Vital statistics of India. Vol. IV, Annual returns from 1871 to 1876. British Army of India, Native Army and jails of Bengal
Year: 1871
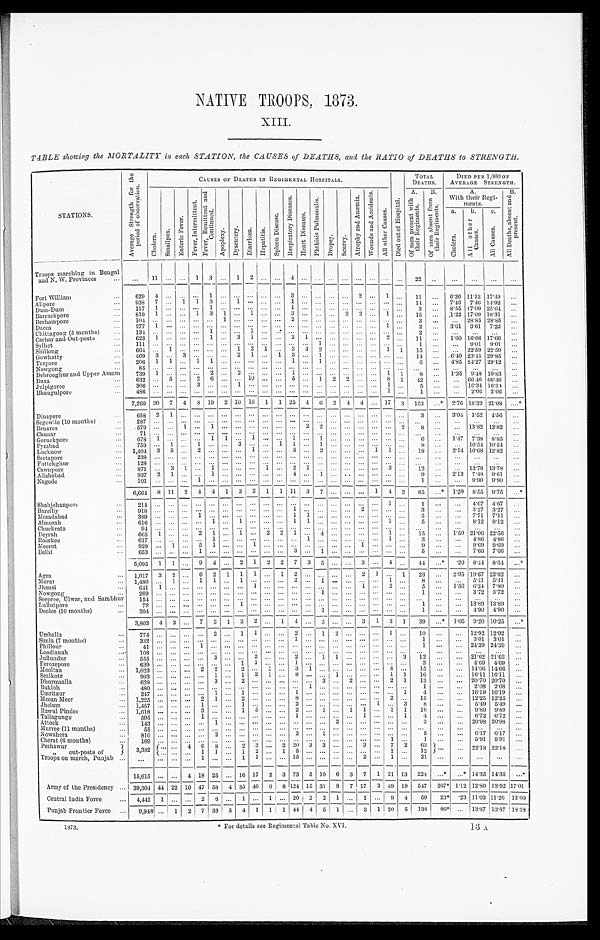
1873.
* For details see Regimental Table No. XVI
NATIVE TROOPS, 1873.
XIII.
TABLE showing the MORTALITY in each STATION, the CAUSES of DEATHS, and the RATIO of DEATHS to STRENGTH.
STATIONS.
A v e r a g e S t r e n g t h f o r t h e p e r i o d o f o b s e r v a t i o n .
CAUSES OF DEATHS IN REGIMENTAL HOSPITALS.
D i e d o u t o f H o s p i t a l .
TOTAL
DEATHS.
DIED PER 1,000 OF
AVERAGE STRENGTH.
Chol er a. Smal l pox.
E n t e r i e F e v e r .
F e v e r , I n t e r m i t t e n t .
F e v e r , R e m i t t e n t a n d C o n t i n u e d .
Ap o p l e x y .
Dy s e n t e r y .
Di a r r hœa . Hepat i t i s. Spleen Disease.
R e s p i r a t o r y D i s e a s e s .
He a r t Di s e a s e s .
P h t h i s i s P u l m o n a l i s .
Dr ops y.
Sc ur vy.
At r i p h y a n d An æ mi a .
W o u n d s a n d A c c i d e n t s .
A l l o t h e r C a u s e s .
A.
B.
A.
B.
With their Regi-
ments.
A l l D e a t h s , a b s e n t a n d p r e s e n t .
O f m e n p r e s e n t w i t h t h e i r R e g i m e n t s .
O f m e n a b s e n t f r o m t h e i r R e g i m e n t s .
a.
b.
c.
Al l Ca us e s .
Chol era.
Al l o t h e r C a u s e s .
Troops marching in Bengal
and N. W. Provinces . . .
. . .
1 1
. . .
. . .
1
3
. . .
1
2
. . .
. . .
4
. . .
. . .
. . .
. . .
. . .
. . .
. . .
. . .
22
. . .
. . .
. . .
. . .
. . .
Fort William . . .
629
4
. . .
. . .
. . .
1
. . .
. . .
. . .
. . .
. . .
3
. . .
. . .
. . .
. . .
2
. . .
1 . . .
11
. . .
6.36 11.13 17.49
. . .
Alipore . . .
938 7
. . . 1
1
3
. . . 1
. . .
. . .
. . . 1
. . .
. . .
. . .
. . .
. . .
. . .
. . .
. . .
14
. . .
7.46
7.46 14.92
. . .
Dum-Dum . . .
1 1 7
1
. . .
. . .
. . .
1
. . .
. . .
. . .
. . .
. . .
1
. . .
. . .
. . .
. . .
. . .
. . .
. . .
. . .
3
. . . 8.55 17.09 25.64
. . .
Barrackpore . . .
819
1
. . .
. . . 1
3
1
. . . 1
. . .
. . . 3
. . .
. . .
. . .
2 2
. . . 1
. . .
15
. . .
1.22 17.09 18.31
. . .
Berhampore . . .
104
. . .
. . .
. . .
. . .
. . . 1
. . .
. . .
. . .
. . . 2
. . .
. . .
. . .
. . .
. . .
. . .
. . .
. . .
3
. . .
. . .
28.85 28.85
. . .
Dacca . . .
2 7 7
1
. . .
. . .
. . .
. . .
. . .
. . .
. . .
. . .
. . .
. . .
. . .
. . .
. . .
. . .
. . .
. . . 1
. . .
2
. . . 3.61
3.61
7.22
. . .
Chittagong (5 months) . . .
1 3 4
. . .
. . .
. . .
. . .
1
. . .
. . . 1
. . .
. . .
. . .
. . .
. . .
. . .
. . .
. . .
. . .
. . .
. . .
2
. . .
. . .
. . .
. . .
. . .
Cachar and Out-posts . . .
6 2 3
1
. . .
. . .
. . .
1
. . .
3
1
. . .
. . .
2
1
. . .
. . .
. . .
. . .
. . .
2
. . . 11
. . .
1 . 6 0 16.06 17.66
. . .
Sylhet . . .
1 1 1
. . .
. . .
. . .
. . .
. . .
. . .
. . .
. . .
. . .
. . .
. . .
. . .
1
. . .
. . .
. . .
. . .
. . .
. . .
1
. . .
. . . 9.01
9.01
. . .
Shillong . . .
6 6 4
. . .
1
. . .
. . .
. . .
. . .
1
2
1
. . .
3
3
2
. . .
. . .
. . .
. . . 1
1
15
. . .
. . .
22.59 22.59
. . .
Gowhatty . . .
469
3
. . . 3
. . .
. . .
. . . 2
1
. . . 1
3
. . .
1
. . .
. . .
. . .
. . .
. . .
. . .
14
. . . 6.40 23.45 29.85
. . .
Tezpore . . .
206
1
1
. . . 1
1
. . .
. . .
. . .
. . .
. . .
1
. . .
1
. . .
. . .
. . .
. . .
. . .
. . .
6
. . .
4.85 24.27 29.12
. . .
Nowgong . . .
85
. . .
. . .
. . .
. . .
. . .
. . .
. . .
. . .
. . .
. . .
. . .
. . .
. . .
. . .
. . .
. . .
. . .
. . .
. . .
. . .
. . .
. . .
. . .
. . .
. . .
Debrooghur and Upper Assam . . .
7 3 9
1
. . .
. . .
. . .
2
. . .
2
. . .
. . .
. . .
1
. . .
. . .
. . .
. . .
. . .
. . . 1
1
8
. . .
1.35
9.48 10.83
. . .
Buxa . . .
632
. . . 5
. . . 2
6
. . .
. . . 10
. . .
. . . 5
. . . 1
2
2
. . .
. . . 8
1
42
. . .
. . . 66.46 66.46
. . .
Julpigoree . . .
306
. . .
. . .
. . . 3
. . .
. . .
1
. . .
. . .
. . .
. . .
. . .
. . .
. . .
. . .
. . .
. . . 1
. . .
5
. . .
. . . 16.34 16.34
. . .
Bhaugulpore . . .
4 8 6
. . .
. . .
. . .
. . .
. . .
. . .
. . .
. . .
. . .
. . .
. . .
. . .
. . .
. . .
. . .
. . .
. . .
1
. . .
1
. . .
. . . 2.06
2.06
. . .
7,260 20
7
4
8 19
2 10 16
1
1 25
4 6
2
4
4
. . . 17
3
153
. . . * 2.76 18.32 21.08
. . . *
Dinapore . . .
658
2
1
. . .
. . .
. . .
. . .
. . .
. . . . . .
. . . . . .
. . . . . .
. . .
. . .
. . . . . . . . .
. . .
3
. . .
3.04
1 . 5 2 4.56
. . .
Segowlie (10 months)
. . .
2 8 7
. . .
. . .
. . .
. . .
. . .
. . .
. . .
. . .
. . .
. . . . . .
. . . . . .
. . .
. . .
. . . . . . . . .
. . .
. . .
. . .
. . .
. . .
. . .
. . .
Benares . . .
5 7 9
. . .
. . .
1
. . .
1
. . .
. . .
. . . . . .
. . . . . .
2
2
. . .
. . .
. . .
. . . . . .
2
8
. . .
. . . 13.82 13.82
. . .
Chunar . . .
71
. . .
. . .
. . .
. . .
. . .
. . .
. . .
. . . . . .
. . . . . .
. . . . . .
. . .
. . .
. . . . . . . . .
. . .
. . .
. . .
. . .
. . .
. . .
. . .
Goruckpore . . .
678
1
. . .
. . .
. . . 1
1
. . .
. 1 .
1
. . .. . .
1 . . .
1
. . .
. . .
. . . . . .
. . .
6
. . . 1.47
7 . 3 8
8 . 8 5
. . .
Fyzabad . . .
759 . . . 1 . . . 1 . . . . . . 3 . . . . . . 1 1 . . . 1 . . .. . .. . .. . . . . . . . .
8
. . .
. . . 10.54 1054
. . .
Lucknow . . .
1,404 3 5 . . . 2 . . . . . . . . . 1 . . .. . .3 . . . 2 . . .. . .. . . 1 1 . . . 18 . . . 2.14 10.68 12.82
. . .
Seetapore . . .
238 . . .. . .. . .. . .. . . . . .. . .. . .. . .. . .. . .. . . . . .. . .. . .. . . . . . . . . . . . . . .
. . .
. . .
. . .
. . .
. . .
Futtehghur . . .
128 . . . . . . . . . . . . . . . . . . . . . . . . . . . . . . . . . . . . . . . . . . . . . . . . . . . . . . . . . . . .
. . .
. . .
. . .
. . .
. . .
Cawnpore . . .
871 . . . 3 1 . . . 1 . . .. . .. . . 1 . . . 2 1 . . . . . . . . . . . . . . . 3 . . . 12
. . .
. . . 13.78 13.78
. . .
Allahabad . . .
937 2 1 . . .. . . 1 . . .. . .. . .. . .. . . 4 . . . 1 . . .. . . . . . . . . . . . . . . 9
. . .
2.13
7.48
9.61
. . .
Nagode . . .
101 . . .. . .. . . 1 . . . . . .. . .. . .. . .. . .. . .. . . . . .. . . . . . . . . . . . . . . . . .
1
. . .
. . .
9.90
9.90
. . .
6,664 8 11 2 4 4 1 3 2 1 1 11 3 7 . . . . . . . . . 1 4 2 65
. . . * 1.20
8.55 9.75
. . . *
Shahjehanpore . . .
214 . . .. . .. . . . . .. . .. . .. . .. . .. . .. . .. . .. . . . . .. . .. . .. . .. . . 1 . . . 1
. . .
. . .
4.67 4.67
. . .
Bareilly . . .
918 . . .. . .. . . . . .. . .. . .. . .. . .. . .. . . 1 . . . . . .. . .. . . 2 . . . . . .. . . 3
. . .
. . .
3.27
3.27
. . .
Moradabad . . .
389 . . . . . . . . . 1 . . .. . .. . .. . .. . .. . . 1 1 . . . . . . . . . . . . . . . . . . . . .
3
. . .
. . .
7.71
7.11
. . .
Almorah . . .
616 . . . . . . . . . . . . 1 . . .1 . . .. . .. . .1 1 . . .. . . . . . . . . . . . 1 . . . 5
. . .
. . .
8.12
8.12
. . .
Chuckrata . . .
94 . . .. . .. . . . . .. . .. . .. . .. . .. . .. . .. . .. . . . . .. . .. . .. . .. . . . . . . . . . . .
. . . . . .
. . .
. . .
. . .
Deyrah . . .
665 1 . . . . . . 2 1 . . . 1 . . . 2 2 1 . . . 4 . . . . . . . . . . . . 1 . . . 15
. . . 1.50 21.06 22.56
. . .
Roorkee . . .
617 . . . . . . . . . . . . 1 . . .. . .. . .. . .. . .. . . 1 . . .. . .. . .. . .. . . 1 . . . 3
. . .
. . .
4.86
4.86
. . .
Meerut . . .
929 . . . 1 . . . 5 1 . . . . . . 1 . . .. . .. . .. . . . . . . . . . . . 1 . . . . . . . . .
9
. . . . . .
9.69
9.69
. . .
Delhi . . .
653 . . .. . .. . . 1 . . .. . .. . .. . .. . .. . .3 . . . 1 . . .. . .. . .. . . . . .. . . 5
. . .
. . .
7.66
7.66
. . .
5,095 1 1 . . . 9 4 . . . 2 1 2 2 7 3 5 . . . . . . 3 . . . 4 . . . 44
. . . *
.20 8.44 8.64
. . .*
Agra . . .
1, 017
3 2 . . . 6 2 1 1 1 . . . 1 2 . . . . . . . . . . . . 2 1 . . . 1 23
. . .
2.95 19.67 22.62
. . .
Morar . . .
1,480 . . . 1 . . . 1 1 . . . 1 . . . . . .. . .2 . . . 1 . . .. . .. . .. . . 1 . . . 8
. . .
. . .
5.41
5.41
. . .
Jhansi . . .
641 1 . . .. . . . . .. . .. . .. . .1 . . .. . .. . .. . . . . .. . .. . .1 . . . 2 . . . 5
. . .
1.56
6.24 7.80
. . .
Nowgong . . .
269 . . .. . .. . . . . .. . .. . . . . . . . . . . . . . . . . .. . . 1 . . .. . .. . .. . . . . .. . . 1
. . .
. . .
3.72
3.72
. . .
Seepree, Ulwar, and Sambhur . . . 154 . . .. . .. . . . . . . . . . . . . . .. . .. . . . . . . . . . . . . . . . . .. . .. . .. . . . . .. . .. . .
. . . . . .
. . .
. . .
. . .
Lullutpore . . .
72
. . .
. . .
. . .
. . .
. . .
. . . 1
. . .
. . .
. . .
. . .
. . . . . .
. . .
. . .
. . .
. . .
. . .
. . .
1
. . .
. . . 13.89 13.89
. . .
Deolee (10 months) . . .
2 0 4
. . .
. . .
. . .
. . .
. . .
. . .
. . .
. . .
. . .
. . . . . .
. . .1
. . .
. . .
. . .
. . . . . .
. . .
1
. . .
. . .
4.90
4.90
. . .
3,803
4 3
. . .
7 3
1
3
2
. . . 1
4
. . . 3
. . .
. . . 3
1
3
1
39
. . . * 1.05
9.20 10.25
. . . *
Umballa . . .
774 . . .
. . .
. . .
. . . 2
. . .
1 1
. . .
. . . 2
. . . 1
2 . . .
. . .
. . . 1
. . .
10 . . .
. . . 12.92 12.92
. . .
Simla (7 months) . . .
3 3 2. . .
. . .
. . .
. . .
. . .
. . .
. . .
. . .
. . .
. . .
1
. . .
. . .
. . .. . .
. . .
. . .. . .
. . .
1 . . .
. . .
3.01
3.01
. . .
Phillour . . .
4 1
. . .
. . .
. . .
1
. . .
. . .
. . .
. . .
. . .
. . .
. . .
. . . . . .
. . . . . .
. . .
. . . . . .
. . .
1
. . .
. . . 24.39 24.39
. . .
Loodianah . . .
108 . . .
. . .
. . .
. . .
. . .
. . .
. . .
. . .
. . .
. . .
. . .
. . . . . .
. . . . . .
. . .
. . . . . .
. . .
. . .
. . .
. . .
. . .
. . .
. . .
Jullundur . . .
5 5 5. . .
. . .
. . .
. . .
3
. . .
. . .
2
. . .
. . . 2
. . . 1
1 . . .
. . .
. . . . . .
3
12 . . .
. . . 21.62 21.62
. . .
Ferozepore . . .
639 . . .
. . .
. . .
. . .
. . .
. . .
1
1
. . .
. . .
1
. . .
. . .
. . .. . .
. . .
. . . . . .
. . .
3 . . .
. . . 4.69
4.69
. . .
Mooltan . . .
1,023 . . .
. . .
. . . 2
2
. . . 2
. . . 1
. . . 3
1 . . .
. . . . . .
. . .
. . . 4
. . .
15
. . .
. . . 14.66 14.66
. . .
Sealkote . . .
9 9 3. . .
. . .
. . .
. . .
1
. . .
1
2
1
. . .
8
. . .. . .
1 . . .
. . .
. . . 1
1
16
. . .
. . . 16.11 16.11
. . .
Dhurmsalla . . .
6 2 8. . .
. . .
. . .
. . .
3
. . .
2
. . .
. . .
. . .
. . .
. . .3
. . .2
. . .
. . . 2
1
1 3
. . .
. . . 20.70 20.70
. . .
Bukloh . . .
4 8 0. . .
. . .
. . .
. . .
. . .
. . .
. . .
. . .
. . .
. . .
. . .
1 . . .
. . . . . .
. . .
. . . . . .
. . .
1
. . .
. . .
2.08
2.08
. . .
Umritsur . . .
247
. . .
. . .
. . .
. . . 1
. . .
1
. . .
. . .
. . . 1
. . .. . .
. . .. . .
. . .
. . .. . .
1
4
. . .
. . . 16.19 16.19
. . .
Meean Meer . . .
1 , 2 2 5. . .
. . .
. . .
2
1
. . .
2
. . .
. . .
. . .
8
. . .. . .
. . .. . .
. . .
. . .2
. . .
1 5
. . .
. . . 12.25 12.25
. . .
Jhelum . . .
1 , 4 5 7. . .
. . .
. . .
1
. . .
. . .
1
. . .
. . .
. . .
2
. . . . . .
. . . . . .
. . .
1 . . . 3
8
. . .
. . .
5.49
5.49
. . .
Rawul Pindee . . .
1,618 . . .
. . .
. . . 3
. . .
. . . 1
5
. . .
. . . 2
. . . 1
. . . 1
1
. . . 1
1
16
. . .
. . .
9.89
9.89
. . .
Tallagunge . . .
595
. . .
. . .
. . . 1
. . .
. . .
. . .
. . .
. . .
. . . 1
. . .
. . .
. . .. . .
1
. . . . . .
1
4
. . .
. . . 6.72 6.72
. . .
Attock . . .
1 4 3 . . .
. . .
. . .
. . .
1
. . .
. . .
. . .
. . .
. . .
. . .
. . .
. . . 2 . . .
. . .
. . . . . .
. . .
3
. . .
. . . 20.98 20.98
. . .
Murree (11 months) . . .
55
. . .
. . .
. . .
. . .
. . .
. . .
. . .
. . .
. . .
. . .
. . .
. . . . . .
. . . . . .
. . .
. . . . . .
. . .
. . .
. . .
. . .
. . .
. . .
. . .
Nowshera . . .
810
. . .
. . .
. . .
. . . 2
. . .
. . .
. . .
. . .
. . .
2
. . .1
. . .. . .
. . .
. . .. . .
. . .
5
. . .
. . . 6.17
6.17
. . .
Cherat (6 months) . . .
169
. . .
. . .
. . .
. . .
. . .
. . .
. . .
. . .
. . .
. . .
. . .
. . .. . .
. . .. . .
. . .
. . . 1
. . .
1
. . .
. . .
5.91
5.91
. . .
Peshawur . . .
3,382 . . .
. . . 4
6
8
. . . 2
3
. . . 2
2 0 3
3
. . . . . .
3
. . . 7
2
63 . . .
. . . 22.18 22.18
. . .
„
out-posts of
. . .
. . .
. . .
1
1
. . .
1
2
. . . 1
5
. . .
. . .
. . .. . .
. . . . . .
. . . 1
. . .
1 2
Troops on march, Punjab . . .
. . .
. . .
. . .
. . .
1
. . .
. . .
1
1
. . .
. . .
1 5
. . .
. . .
. . .. . .
2
. . . 1
. . .
2 1
. . .
. . .
. . .
. . .
. . .
15,615 . . .
. . . 4 18 25
. . . 16 17
2
3 73
5 10
6
3
7
1 21 13
224
. . . * . . .* 14.35 14.35
. . .*
Army of the Presidency . . . 39,304 44 22 10 47 58
4 35 40 6
8 121 15 31
8
7 17
3 49 19
547
207* 1.12 12.80 13.92 17.01
Central India Force . . .
4,442
1
. . .
. . .
2
6
. . . 1
. . . 1
. . . 20
2
2
1 . . .
1
. . . 9
4
50
23*
23 11.03 11.26 13.00
Punjab Frontier Force . . .
9,948
. . . 1
2
7 33
5
4
1
1
1 44
4 5
1 . . .
3 1 20
5 138
86*
. . . 13.87
1 3 . 8 7 18.38